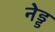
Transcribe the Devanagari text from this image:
नेड्ड